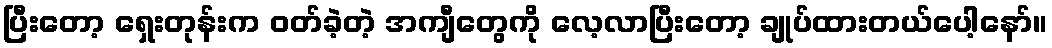
ပြီးတော့ ရှေးတုန်းက ဝတ်ခဲ့တဲ့ အကျီတွေကို လေ့လာပြီးတော့ ချုပ်ထားတယ်ပေါ့နော်။